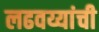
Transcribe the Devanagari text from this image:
लढवय्यांची